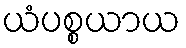
ယံပစ္စယာယ